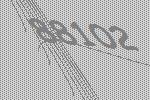
88102